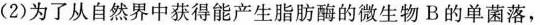
(2)为了从自然界中获得能产生脂肪酶的微生物B的单菌落，